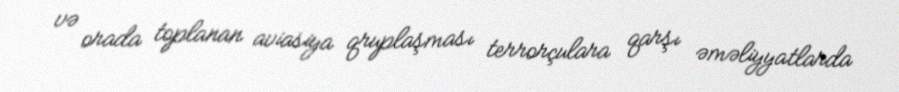
və orada toplanan aviasiya qruplaşması terrorçulara qarşı əməliyyatlarda